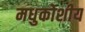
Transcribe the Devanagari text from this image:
मधुकोशीय